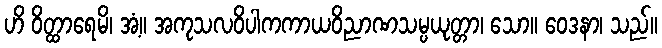
ဟိ ဝိတ္ထာရေမိ၊ အံ့။ အကုသလဝိပါကကာယဝိညာဏသမ္ပယုတ္တာ၊ သော။ ဝေဒနာ၊ သည်။